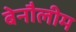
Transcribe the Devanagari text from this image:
बेनौलीम